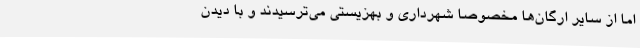
اما از سایر ارگان‌ها مخصوصا شهرداری و بهزیستی می‌ترسیدند و با دیدن